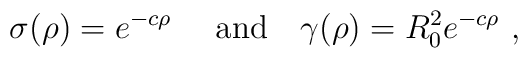
\sigma(\rho) =  e^{-c \rho}~ \quad \mbox{and} \quad \gamma(\rho)=R_0^2e^{-c\rho}\ ,